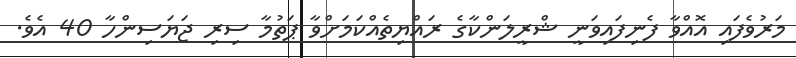
މަރުވެފައި އޮއްވާ ފެނިފައިވަނީ ޝްރީލަންކާގެ ރައްޔިތެއްކަމަށްވާ ޕަތުމާ ސިރި ޖަޔަސިންހާ 40 އެވެ.